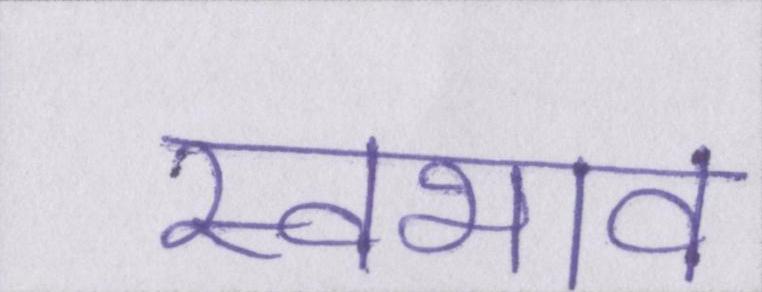
स्वभाव